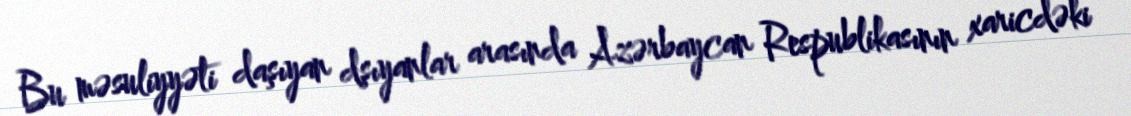
Bu məsuliyyəti daşıyan dşıyanlar arasında Azərbaycan Respublikasının xaricdəki